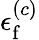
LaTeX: \epsilon_{\mathrm{f}}^{(c)}